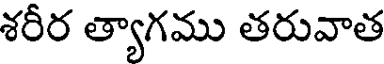
శరీర త్యాగము తరువాత